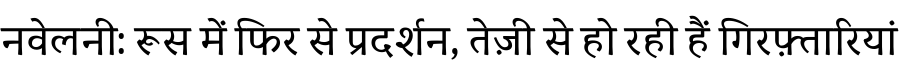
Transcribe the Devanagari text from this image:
नवेलनी: रूस में फिर से प्रदर्शन, तेज़ी से हो रही हैं गिरफ़्तारियां